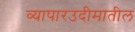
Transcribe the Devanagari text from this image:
व्यापारउदीमातील